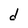
Character: d